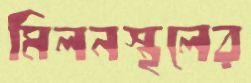
মিলনস্থলের